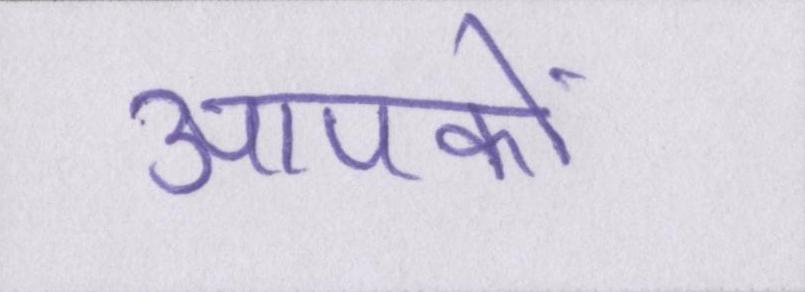
आपकों